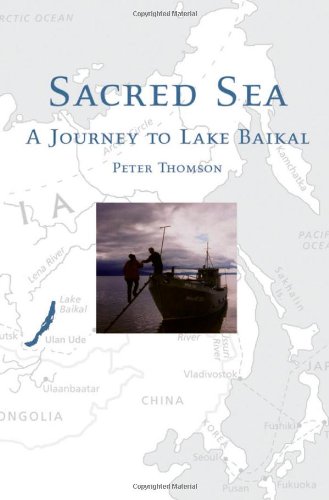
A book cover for Sacred Sea: A Journey to Lake Baikal; Peter Thomson; Science & Math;